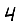
Digit: 4